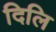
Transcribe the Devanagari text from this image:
दिलि